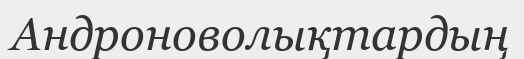
Андроноволықтардың